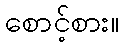
စောင့်စား။